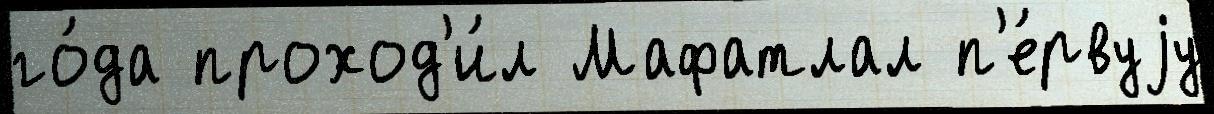
го́да проход'и́л Мафатлал п'е́рвуjу